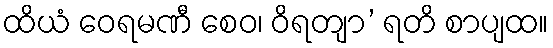
ထိယံ ဝေရမဏီ စေဝ၊ ဝိရတျာ’ ရတိ စာပျထ။